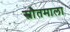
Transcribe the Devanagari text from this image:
स्त्रौतमाला